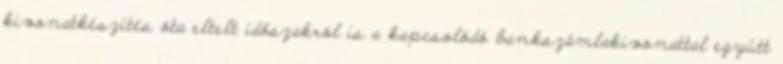
kivonatkészítés óta eltelt időszakról is a kapcsolódó bankszámlakivonattal együtt